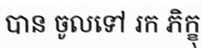
បាន ចូលទៅ រក ភិក្ខុ